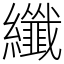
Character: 纖